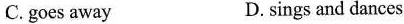
C.goes away D.sings and dances